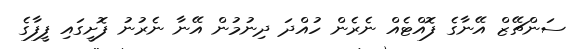
ސަންޗޭޒް އޭނާގެ ފޮއްޓެއް ނެރެން ހުއްދަ ދިނުމުން އޭނާ ނެރުނު ފޮށީގައި ފީފާގެ